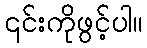
၎င်းကိုဖွင့်ပါ။